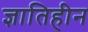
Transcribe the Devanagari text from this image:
ज्ञातिहीन